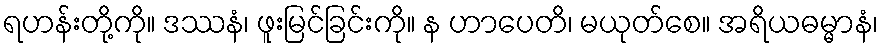
ရဟန်းတို့ကို။ ဒဿနံ၊ ဖူးမြင်ခြင်းကို။ န ဟာပေတိ၊ မယုတ်စေ။ အရိယဓမ္မာနံ၊